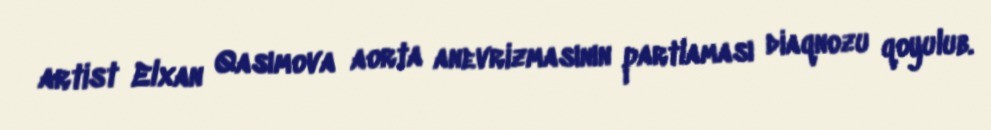
artist Elxan Qasımova aorta anevrizmasının partlaması diaqnozu qoyulub.